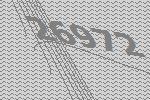
26972